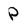
Character: P